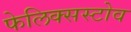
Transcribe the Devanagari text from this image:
फेलिक्सस्टोव